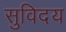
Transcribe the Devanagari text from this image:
सुविदय